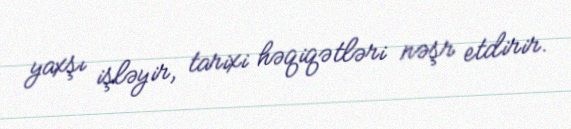
yaxşı işləyir, tarixi həqiqətləri nəşr etdirir.